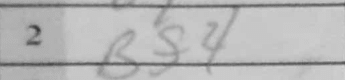
Transcription: Bf4